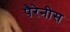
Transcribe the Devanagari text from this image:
पैरेनीस